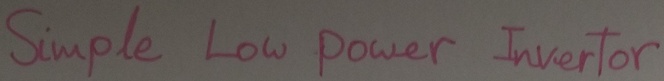
Text: Simple Low power Invertor